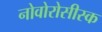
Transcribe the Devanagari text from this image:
नोवोरोसीस्क